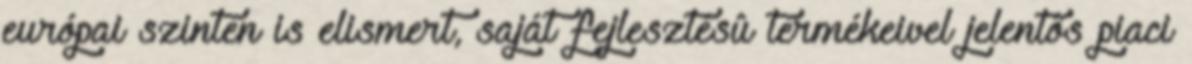
európai szinten is elismert, saját fejlesztésû termékeivel jelentôs piaci